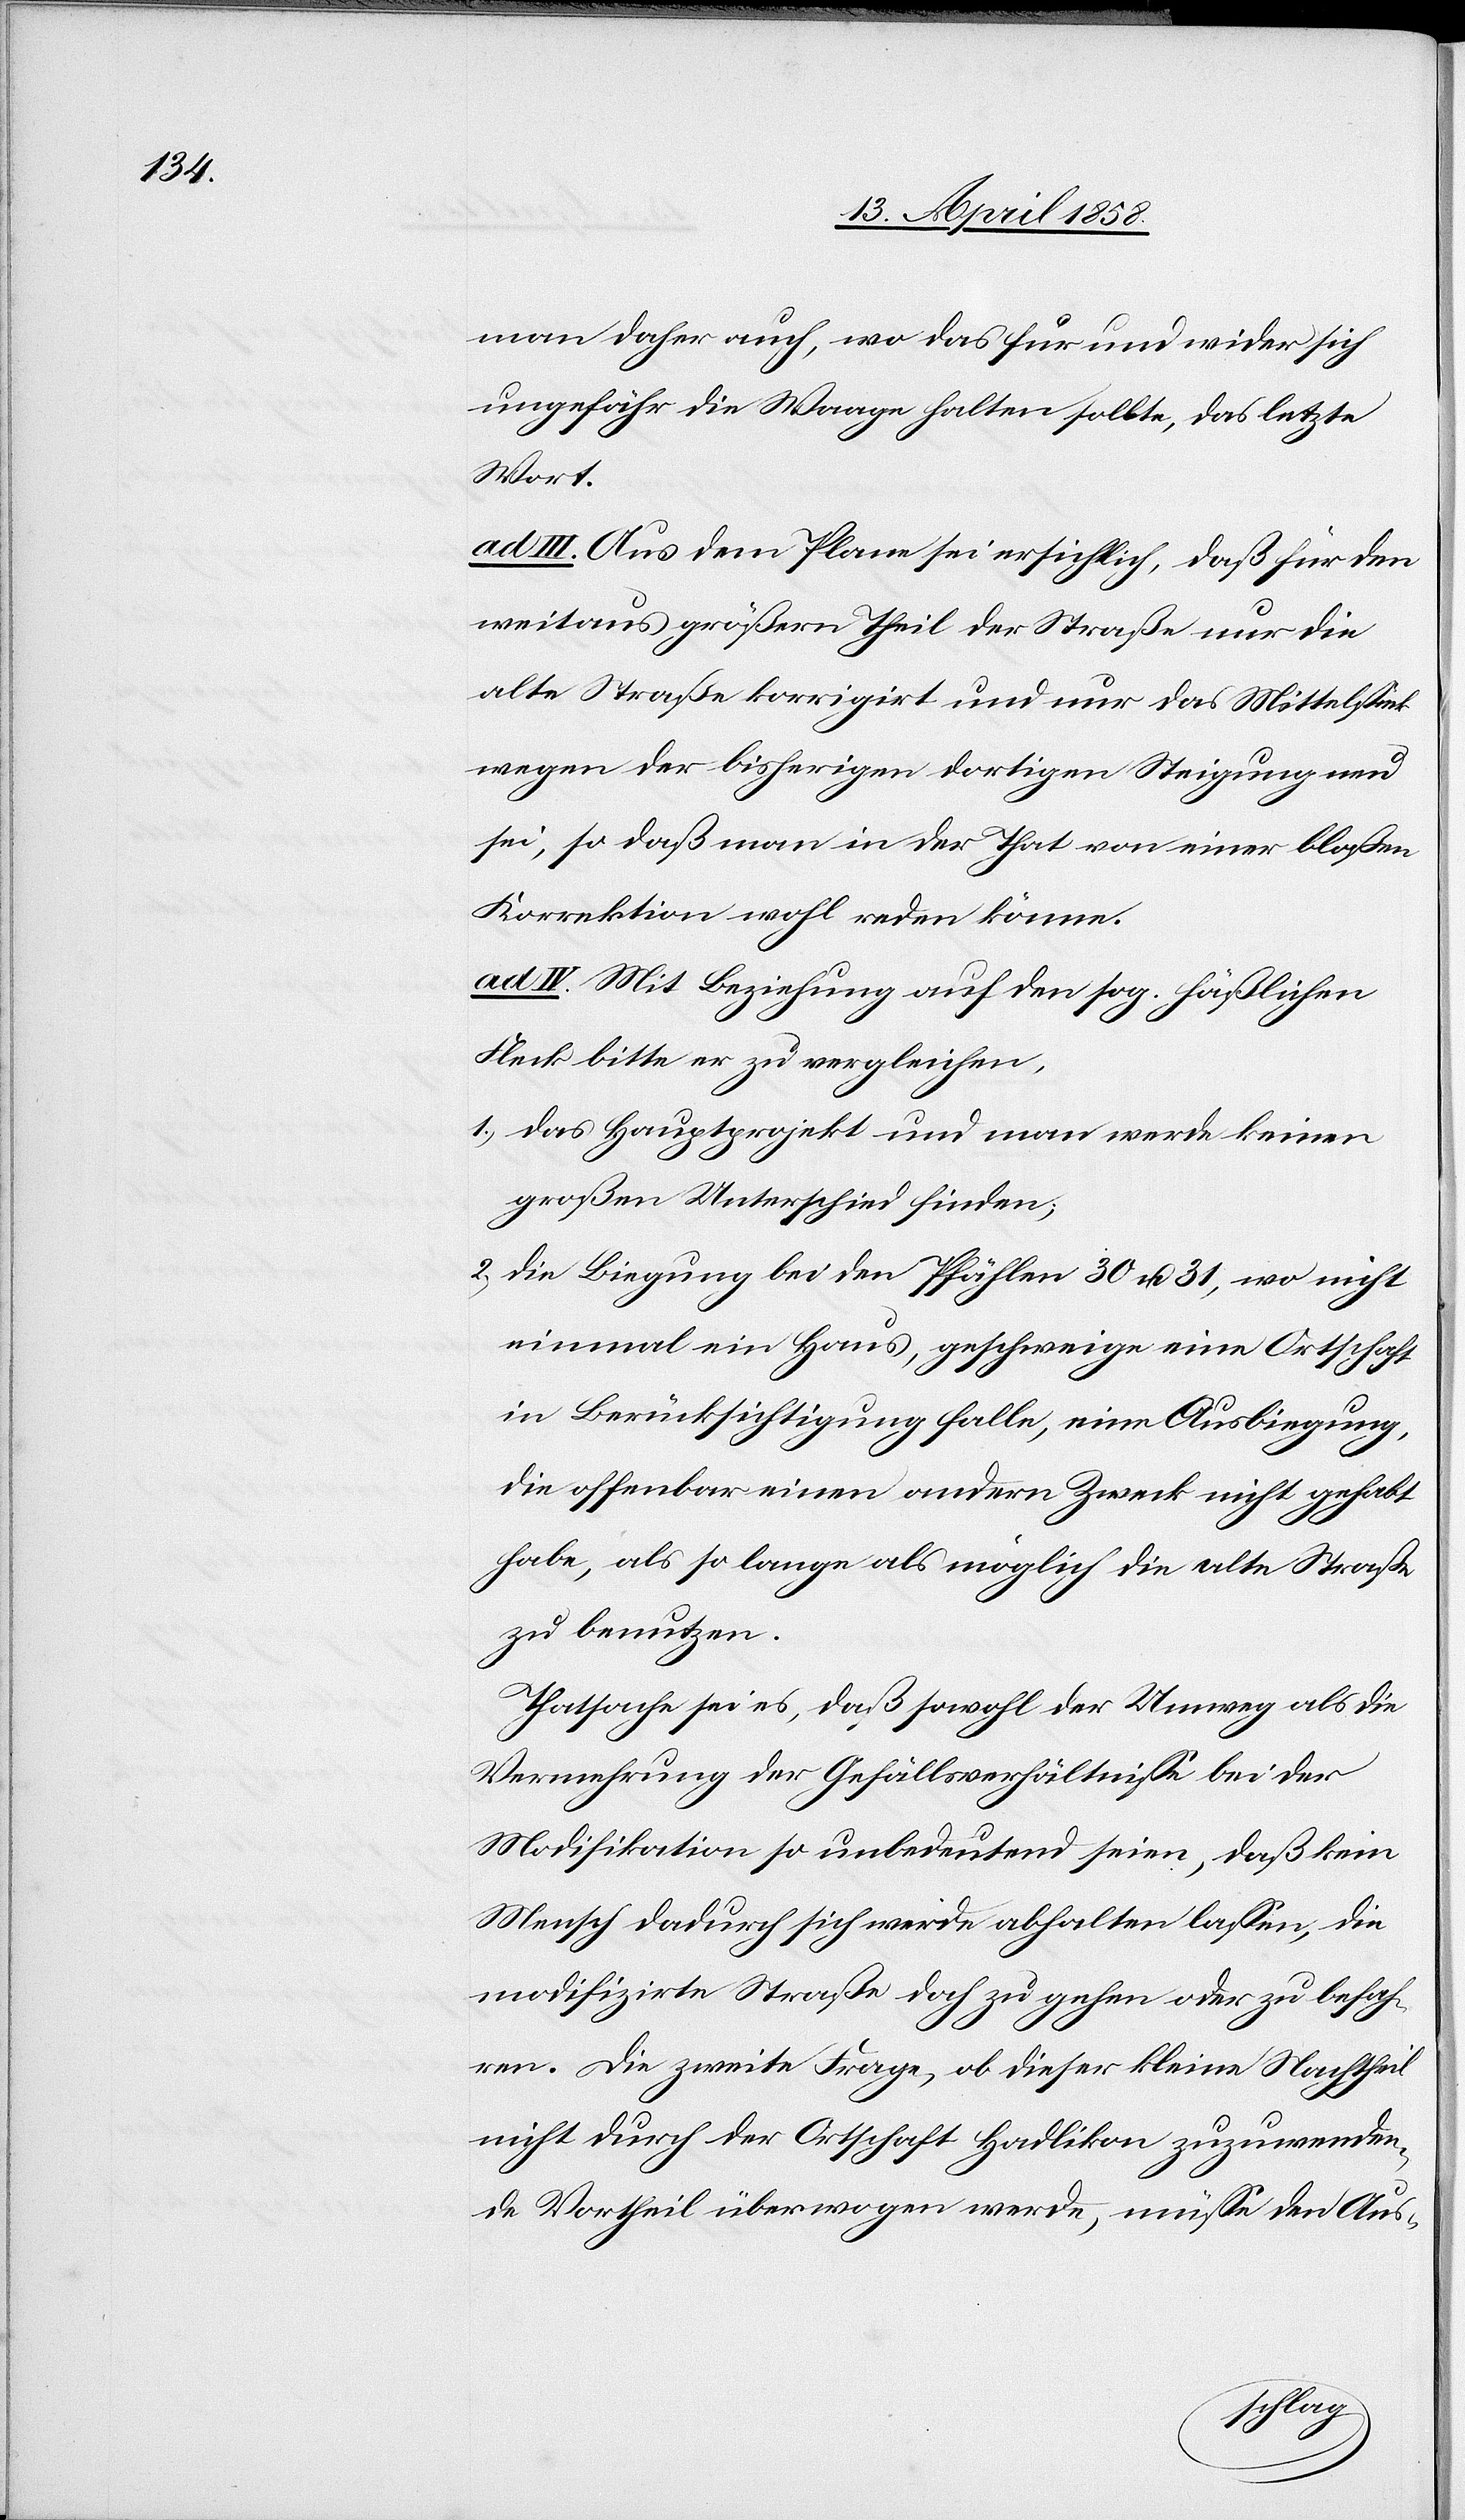
man daher auch, wo das für und wider sich
ungefähr die Waage halten sollte, das letzte
Wort.
ad. III. Aus dem Plane sei ersichtlich, daß für den
weitaus größern Theil der Straße nur die
alte Straße korrigirt und nur das Mittelstück
wegen der bisherigen dortigen Steigung neu
sei, so daß man in der That von einer bloßen
Korrektion wohl reden könne.
ad IV. Mit Beziehung auf den sog. häßlichen
Fleck bitte er zu vergleichen,
1) das Hauptprojekt und man werde keinen
großen Unterschied finden;
2) die Biegung bei den Pfählen 30 u. 31, wo nicht
einmal ein Haus, geschweige eine Ortschaft
in Berücksichtigung falle, eine Ausliegung,
die offenbar einen andern Zeck nicht gehabt
habe, als so lange als möglich die alte Straße
zu benutzen.
Thatsache sei es, daß sowohl der Umweg als die
Vermehrung der Gefällsverhältnisse bei der
Modifikation so unbedeutend seien, daß kein
Mensch dadurch sich werde abhalten lassen, die
modifizirte Straße doch zu gehen oder zu befah¬
ren. Die zweite Frage, ob dieser kleine Nachtheil
nicht durch der Ortschaft Hadlikon zuzuwenden¬
de Vortheil überwogen werde, müsse den Aus-